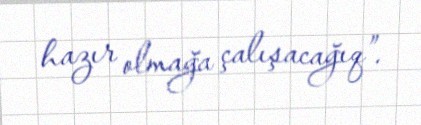
hazır olmağa çalışacağıq”.